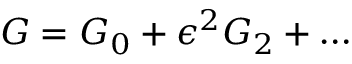
G = G _ { 0 } + \epsilon ^ { 2 } G _ { 2 } + \dots